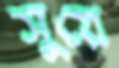
সুয়ে